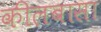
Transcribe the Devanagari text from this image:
कीलबासा